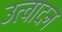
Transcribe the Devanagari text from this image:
उत्वादन